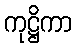
ကုဋ္ဌိကာ